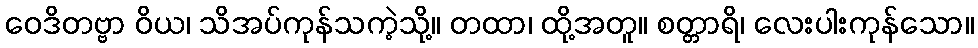
ဝေဒိတဗ္ဗာ ဝိယ၊ သိအပ်ကုန်သကဲ့သို့။ တထာ၊ ထို့အတူ။ စတ္တာရိ၊ လေးပါးကုန်သော။